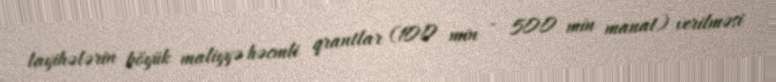
layihələrin böyük maliyyə həcmli qrantlar (100 min - 500 min manat) verilməsi